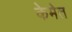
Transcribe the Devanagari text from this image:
केमेत